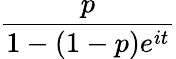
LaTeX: \frac{p}{1-(1-p)e^{it}}